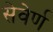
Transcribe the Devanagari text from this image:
सेवेर्ण